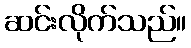
ဆင်းလိုက်သည်။